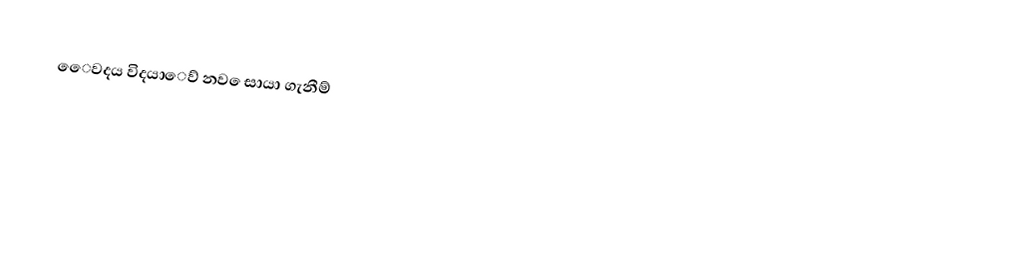
ෙෙවදය විදයාෙව් නව ෙසායා ගැනීම්